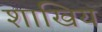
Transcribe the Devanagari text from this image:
शाखिय